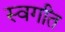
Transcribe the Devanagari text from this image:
स्वर्गांत